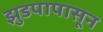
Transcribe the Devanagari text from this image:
झुडपापासून